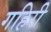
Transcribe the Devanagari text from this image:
गहिरी